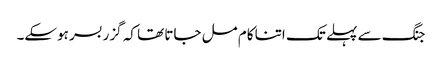
جنگ سے پہلے تک اتنا کام مل جاتا تھا کہ گزر بسر ہوسکے۔